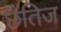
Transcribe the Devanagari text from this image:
छैतिज